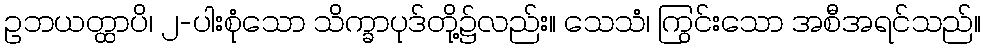
ဥဘယတ္ထာပိ၊ ၂-ပါးစုံသော သိက္ခာပုဒ်တို့၌လည်း။ သေသံ၊ ကြွင်းသော အစီအရင်သည်။